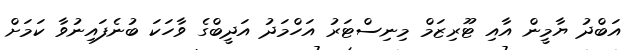
އަބްދު ޔާމީން އާއި ޓޫރިޒަމް މިނިސްޓަރު އަހްމަދު އަދީބްގެ ވާހަކަ ބުނެފައިނުވާ ކަމަށް